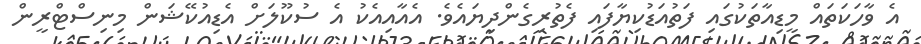
އެ ވާހަކަތައް މީޑިއާތަކުގައި ފަތުއަޑުކިޔާފައި ފެތުރިގެންދިޔައެވެ. އެއާއިއެކު އެ ސުކޫލަށް އެޑިއުކޭޝަން މިނިސްޓްރީން